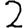
Digit: 2